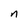
Character: n